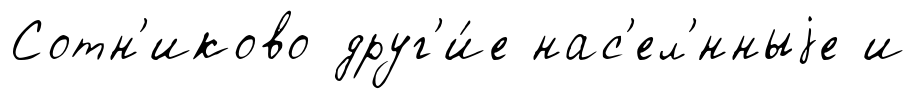
Сотн'иково друг'и́е нас'ел'́нныjе и